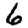
Digit: 6